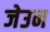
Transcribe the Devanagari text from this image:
जेउन